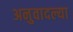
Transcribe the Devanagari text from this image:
अनुवादल्या